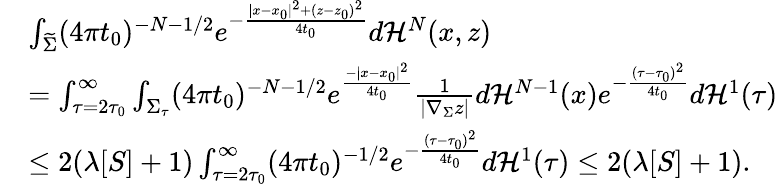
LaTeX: \begin{array}{rl}&{\int_{\widetilde{\Sigma}}(4\pi t_{0})^{-{N-1}/2}e^{-\frac{|x-x_{0}|^{2}+(z-z_{0})^{2}}{4t_{0}}}d\mathcal{H}^{N}(x,z)}\\ &{=\int_{\tau=2\tau_{0}}^{\infty}\int_{\Sigma_{\tau}}(4\pi t_{0})^{-{N-1}/2}e^{\frac{-|x-x_{0}|^{2}}{4t_{0}}}\frac{1}{|\nabla_{\Sigma}z|}d\mathcal{H}^{N-1}(x)e^{-\frac{(\tau-\tau_{0})^{2}}{4t_{0}}}d\mathcal{H}^{1}(\tau)}\\ &{\leq 2(\lambda[S]+1)\int_{\tau=2\tau_{0}}^{\infty}(4\pi t_{0})^{-1/2}e^{-\frac{(\tau-\tau_{0})^{2}}{4t_{0}}}d\mathcal{H}^{1}(\tau)\leq 2(\lambda[S]+1).}\end{array}